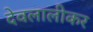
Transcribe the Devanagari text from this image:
देवलालीकर